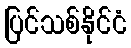
ပြင်သစ်နိုင်ငံ